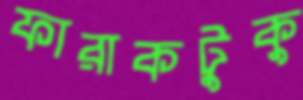
ফারাকটুকু